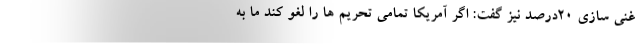
غنی سازی ۲۰درصد نیز گفت: اگر آمریکا تمامی تحریم ها را لغو کند ما به